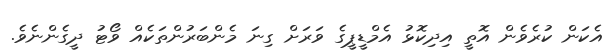
އެކަން ކުރެވެން އޮތީ އިދިކޮޅު އެމްޑީޕީގެ ވަރަށް ގިނަ މެންބަރުންތަކެއް ވޯޓު ދީގެންނެވެ.